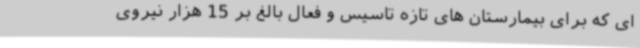
ای که برای بیمارستان های تازه تاسیس و فعال بالغ بر 15 هزار نیروی